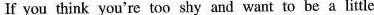
If you think you're too shy and want to be a little